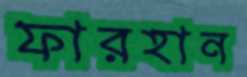
ফারহান